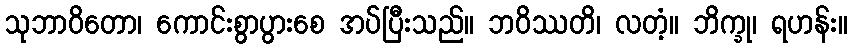
သုဘာဝိတော၊ ကောင်းစွာပွားစေ အပ်ပြီးသည်။ ဘဝိဿတိ၊ လတံ့။ ဘိက္ခု၊ ရဟန်း။